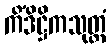
ကိံဒိဋ္ဌိကသုတ္တံ